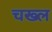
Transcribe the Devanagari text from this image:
चख्ल